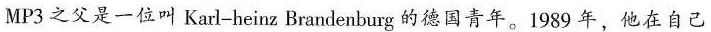
MP3之父是一位叫Karl-heinz Brandenburg的德国青年。1989年，他在自己